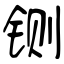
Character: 铡